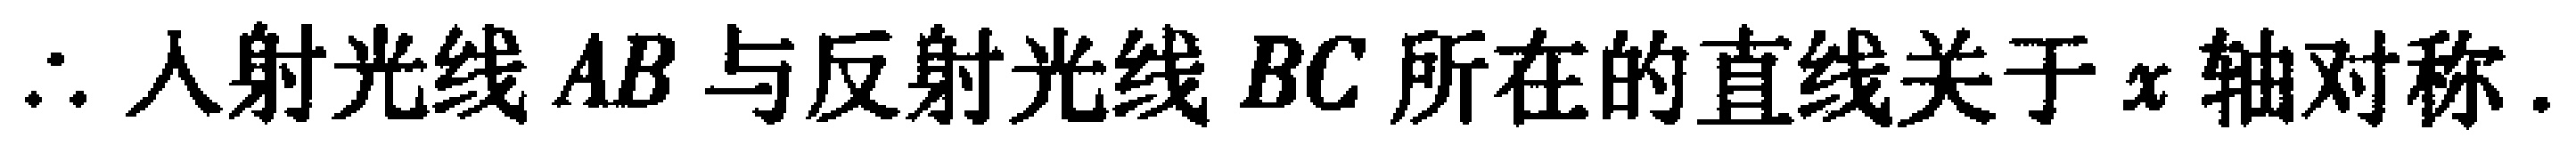
$\therefore$ 入射光线 $AB$ 与反射光线 $BC$ 所在的直线关于 $x$ 轴对称.